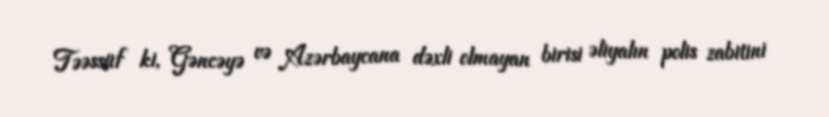
Təəssüf ki, Gəncəyə və Azərbaycana dəxli olmayan birisi əliyalın polis zabitini